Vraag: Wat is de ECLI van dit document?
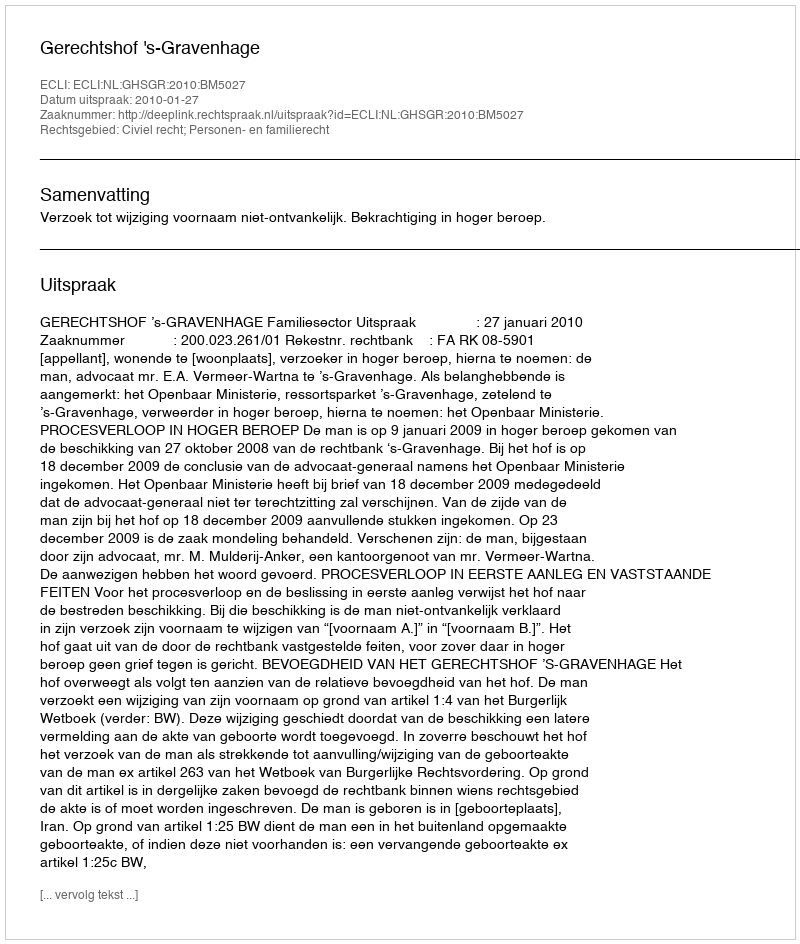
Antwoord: ECLI:NL:GHSGR:2010:BM5027